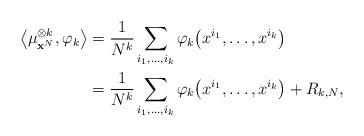
LaTeX: \begin{align*}\big\langle \mu_{\mathbf{x}^N}^{\otimes k} , \varphi_k \big\rangle &= \frac{1}{N^k} \sum_{i_1, \ldots , i_k} \varphi_k {\left( x^{i_1} , \ldots , x^{i_k} \right)}\\&= \frac{1}{N^k} \sum_{ \substack{ i_1, \ldots , i_k \\ } } \varphi_k {\left( x^{i_1} , \ldots , x^{i_k} \right)} + R_{k,N},\end{align*}